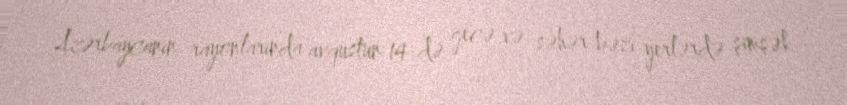
Azərbaycanın rayonlarında avqustun 14-də gecə və səhər bəzi yerlərdə şimşək